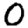
Digit: 0